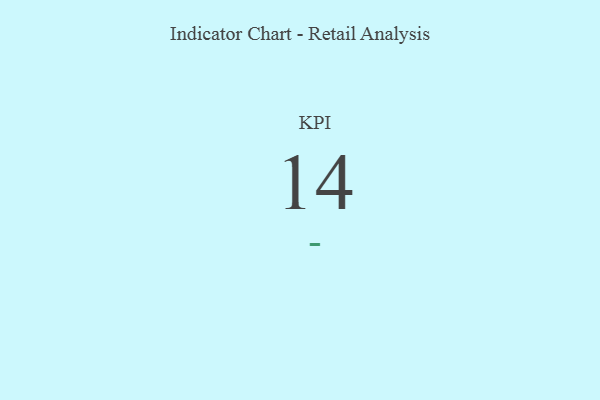
{"axis": {"x": "KPI", "y": "Value"}, "legend": [""], "data": [{"x": "KPI", "y": 14, "type": ""}]}